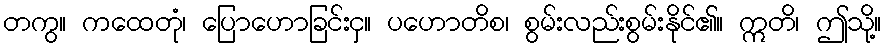
တကွ။ ကထေတုံ၊ ပြောဟောခြင်းငှ။ ပဟောတိစ၊ စွမ်းလည်းစွမ်းနိုင်၏။ ဣတိ၊ ဤသို့။